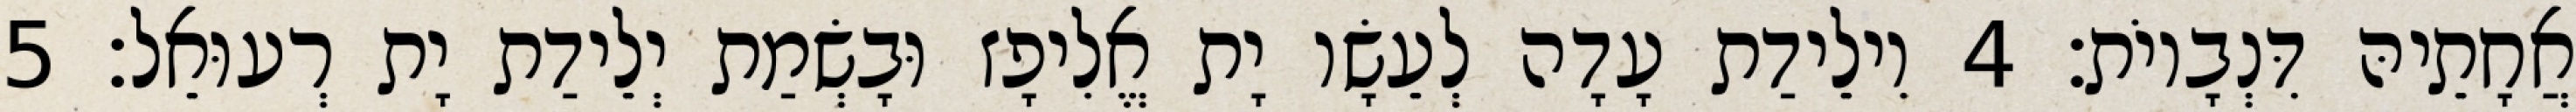
אֲחָתֵיהּ דִּנְבָיוֹת׃ 4 וִילֵידַת עָדָה לְעֵשָׂו יָת אֱלִיפָז וּבָשְׂמַת יְלֵידַת יָת רְעוּאֵל׃ 5